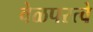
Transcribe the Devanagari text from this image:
वेळपरत्वे